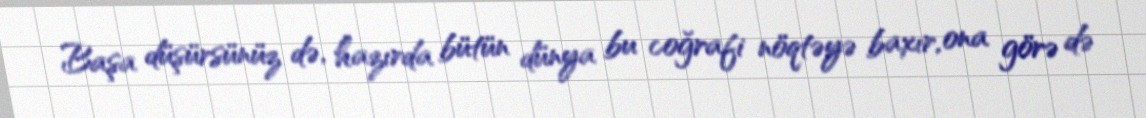
Başa düşürsünüz də, hazırda bütün dünya bu coğrafi nöqtəyə baxır, ona görə də